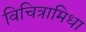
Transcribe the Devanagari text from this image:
विचित्रामिधा